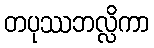
တပုဿဘလ္လိကာ